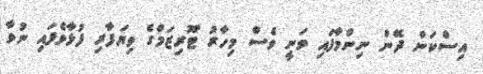
އިސްކަން ދޭން ނިންމާފައި ވަނީ ވެސް މިހާރު ޓޫރިޒަމްގެ ވިޔަފާރި ފުޅާވެފައި ނުވާ